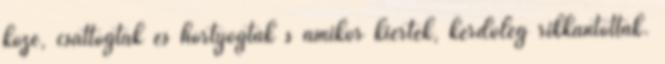
közé, csattogtak és hortyogtak s amikor kiértek, kérdőleg rikkantottak.